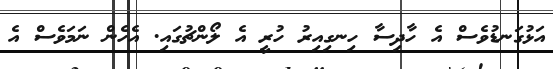
އަޅުގަނޑުވެސް އެެ ހާދިސާ ހިނގިއިރު ހުރީ އެ ލޯންޗުގައި. އެހެން ނަމަވެސް އެ